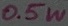
Text: 0.5W